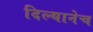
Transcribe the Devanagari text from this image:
दिल्यानेच